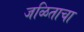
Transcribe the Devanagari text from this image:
जळिताचा